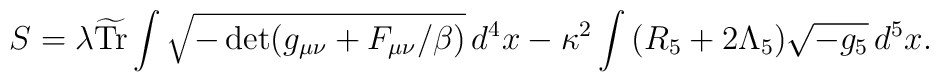
S=\lambda \widetilde{\mathrm{Tr}}\int\sqrt{-\det(g_{\mu\nu}+F_{\mu\nu}/\beta)}\,d^4 x - \kappa^2 \int\, (R_5+2\Lambda_5)\sqrt{-g_{5}}\,d^5x.